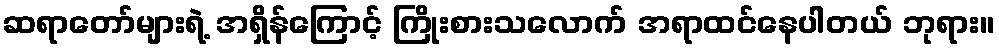
ဆရာတော်များရဲ့ အရှိန်ကြောင့် ကြိုးစားသလောက် အရာထင်နေပါတယ် ဘုရား။